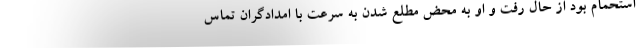
استحمام بود از حال رفت و او به محض مطلع شدن به سرعت با امدادگران تماس